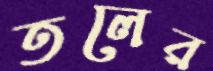
তলের